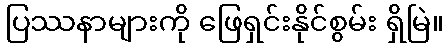
ပြဿနာများကို ဖြေရှင်းနိုင်စွမ်း ရှိမြဲ။